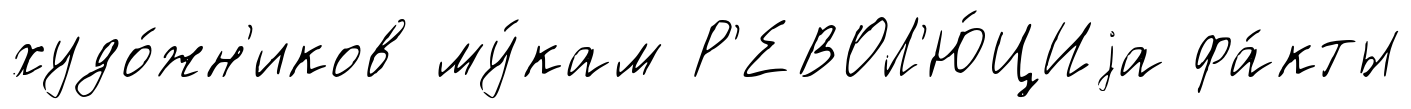
худо́жн'иков му́кам Р'ЕВОЛ'Ю́ЦИjа фа́кты